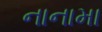
નાનામા